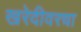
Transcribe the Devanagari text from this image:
खरेदीवरचा